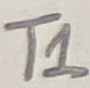
Text: T1